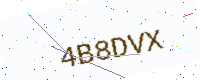
Text: 4B8DVX